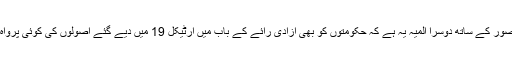
ان ناقص تصور کے ساتھ دوسرا المیہ یہ ہے کہ حکومتوں کو بھی آزادی رائے کے باب میں آرٹیکل 19 میں دیے گئے اصولوں کی کوئی پرواہ نہیں ہوتی۔